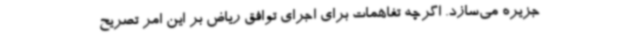
جزیره می‌سازد. اگرچه تفاهمات برای اجرای توافق ریاض بر این امر تصریح